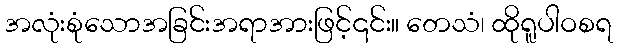
အလုံးစုံသောအခြင်းအရာအားဖြင့်၎င်း။ တေသံ၊ ထိုရူပါဝစရ